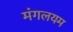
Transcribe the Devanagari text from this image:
मंगलयम